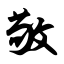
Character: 敬